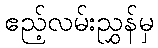
ဧည့်လမ်းညွှန်မှ